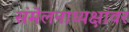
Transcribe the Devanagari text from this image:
संमेलनाध्यक्षांवर